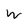
Character: w